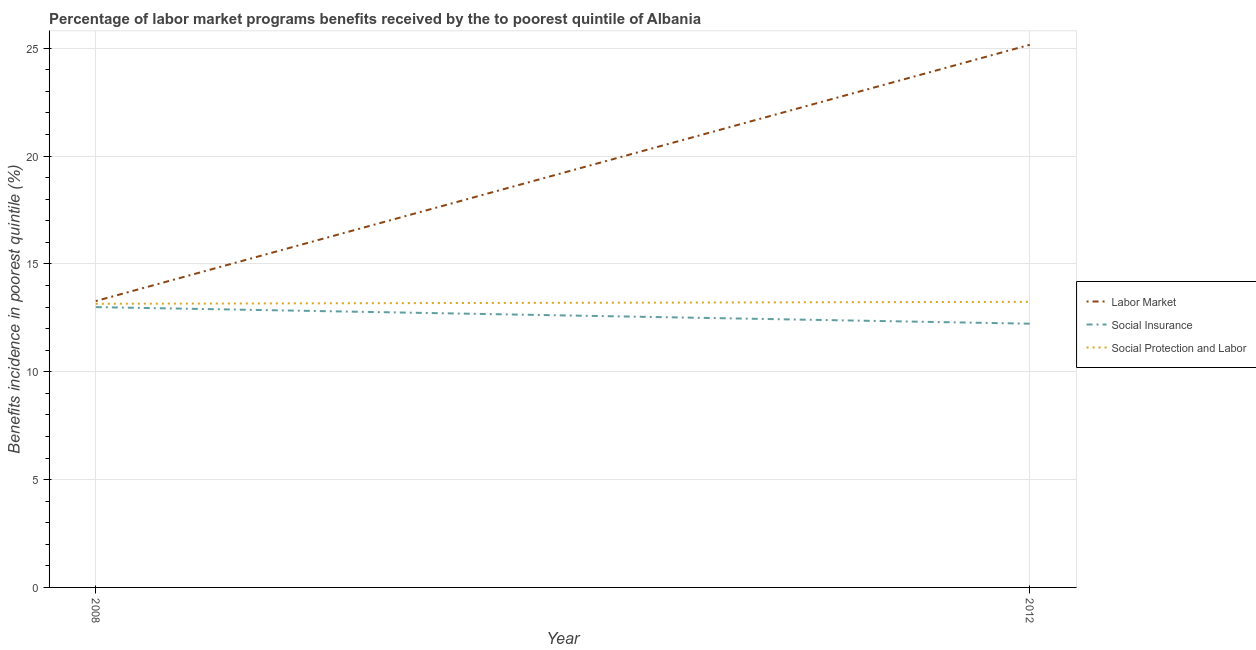
| Year | Labor Market | Social Insurance | Social Protection and Labor |
 | --- | --- | --- | --- |
 | 2008 | 13.3 | 13 | 13.2 |
 | 2012 | 25.2 | 12.2 | 13.2 |